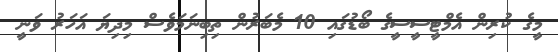
މީގެ ކުރިން އެމްޓީސީސީގެ ބޯޑުގައި 10 މެބަރުން ތިބިނަމަވެސް މިދިޔަ އަހަރު ވަނީ